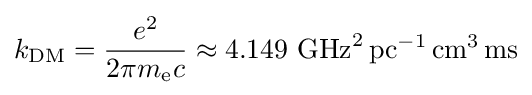
k_{\text{DM}}={\frac {e^{2}}{2\pi m_{\text{e}}c}}\approx 4.149~{\text{GHz}}^{2}\,{\text{pc}}^{-1}\,{\text{cm}}^{3}\,{\text{ms}}